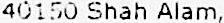
40150 SHAH ALAM,